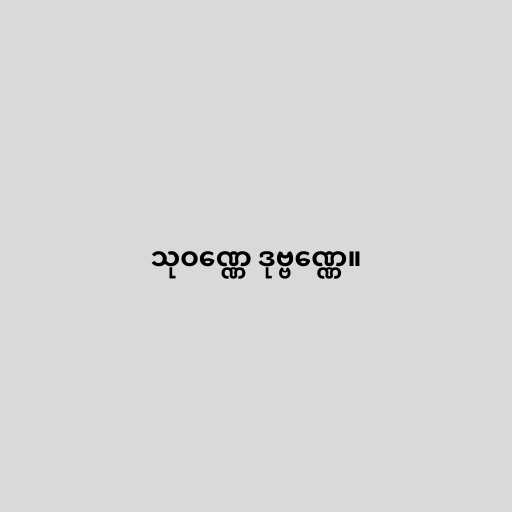
သုဝဏ္ဏေ ဒုဗ္ဗဏ္ဏေ။